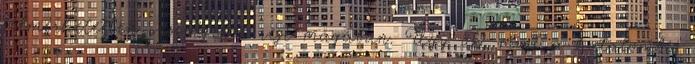
felmérhetetlen veszélyeket rejt magában. Úgy õk, mint a hatalomba